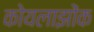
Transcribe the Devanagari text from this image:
कोयलाझोंक